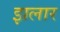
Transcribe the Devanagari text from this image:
झलार